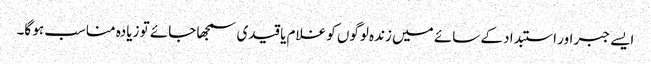
ایسے جبر اور استبداد کے سائے میں زندہ لوگوں کو غلام یا قیدی سمجھا جائے تو زیادہ مناسب ہو گا۔